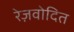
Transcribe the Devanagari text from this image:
रेज़वोदित